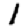
Digit: 1